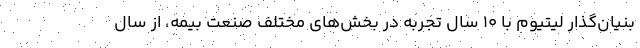
بنیان‌گذار لیتیوم با ۱۰ سال تجربه در بخش‌های مختلف صنعت بیمه، از سال